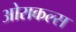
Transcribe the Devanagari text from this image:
ओराकल्स